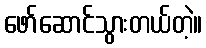
ဖော်ဆောင်သွားတယ်တဲ့။